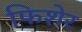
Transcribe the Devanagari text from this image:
फिशेर